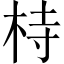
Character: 㭙